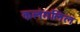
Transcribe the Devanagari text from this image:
कलंगलिल